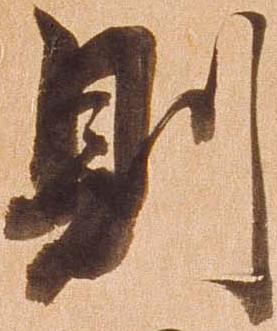
則